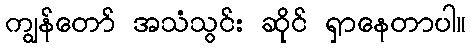
ကျွန်တော် အသံသွင်း ဆိုင် ရှာနေတာပါ။